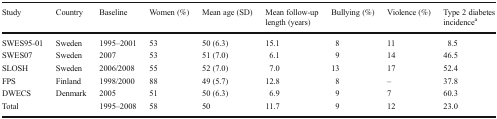
| Study | Country | Baseline | Women (%) | Mean age (SD) | Mean follow-up length (years) | Bullying (%) | Violence (%) | Type 2 diabetes incidencea |
 | --- | --- | --- | --- | --- | --- | --- | --- | --- |
 | SWES95-01 | Sweden | 1995–2001 | 53 | 50 (6.3) | 15.1 | 8 | 11 | 8.5 |
 | SWES07 | Sweden | 2007 | 53 | 51 (7.0) | 6.1 | 9 | 14 | 46.5 |
 | SLOSH | Sweden | 2006/2008 | 55 | 52 (7.0) | 7.0 | 13 | 17 | 52.4 |
 | FPS | Finland | 1998/2000 | 88 | 49 (5.7) | 12.8 | 8 | – | 37.8 |
 | DWECS | Denmark | 2005 | 51 | 50 (6.3) | 6.9 | 9 | 7 | 60.3 |
 | Total |  | 1995–2008 | 58 | 50 | 11.7 | 9 | 12 | 23.0 |